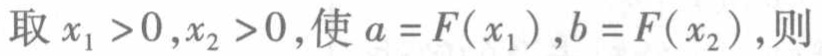
取 \(x_{1}>0,x_{2}>0\)，使 \(a = F(x_{1}),b = F(x_{2})\)，则